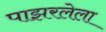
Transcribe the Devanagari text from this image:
पाझरलेला